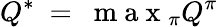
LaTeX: Q^{*}~=~\mathrm{~m~a~x~}_{\pi}Q^{\pi}